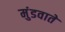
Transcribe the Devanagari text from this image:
मुंडवाते